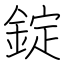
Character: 錠